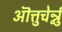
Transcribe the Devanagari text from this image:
ऒत्तुचेर्न्नु